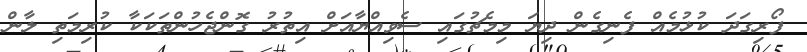
ފޯރިގަދަ ކުޅުމެއް ފެނިގެން ދިޔަ މިމެޗުގައި ސެވިއްޔާއަށް އިތުރު ގޮންޖެހުންތަކަކާ ކުރިމަތި ލާން